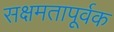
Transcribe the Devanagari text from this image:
सक्षमतापूर्वक